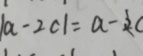
\vert a - 2 c \vert = a - 2 c